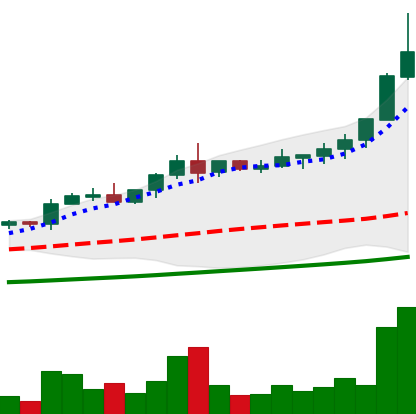
Ticker: NEO-USD
Chart end date: 2021-04-17
Forward return: -4.208%
Label: down_3_5